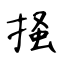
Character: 掻